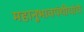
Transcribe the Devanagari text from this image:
महानुभावपंथीयांचे